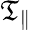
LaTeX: \mathfrak{T}_{\parallel}